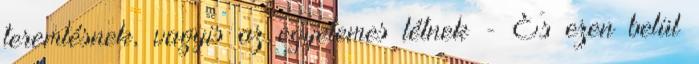
teremtésnek, vagyis az egyetemes létnek - És ezen belül